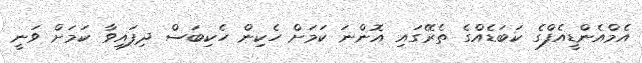
އެމްއެންޑީއެފްގެ ކަބަޑެއްގެ ތެރޭގައި އޮންނަ ކަމަށް ހެކިން ހެކިބަސް ދިފައިވާ ކަމަށް ވަނީ